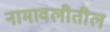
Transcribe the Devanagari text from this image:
नामावलीतील